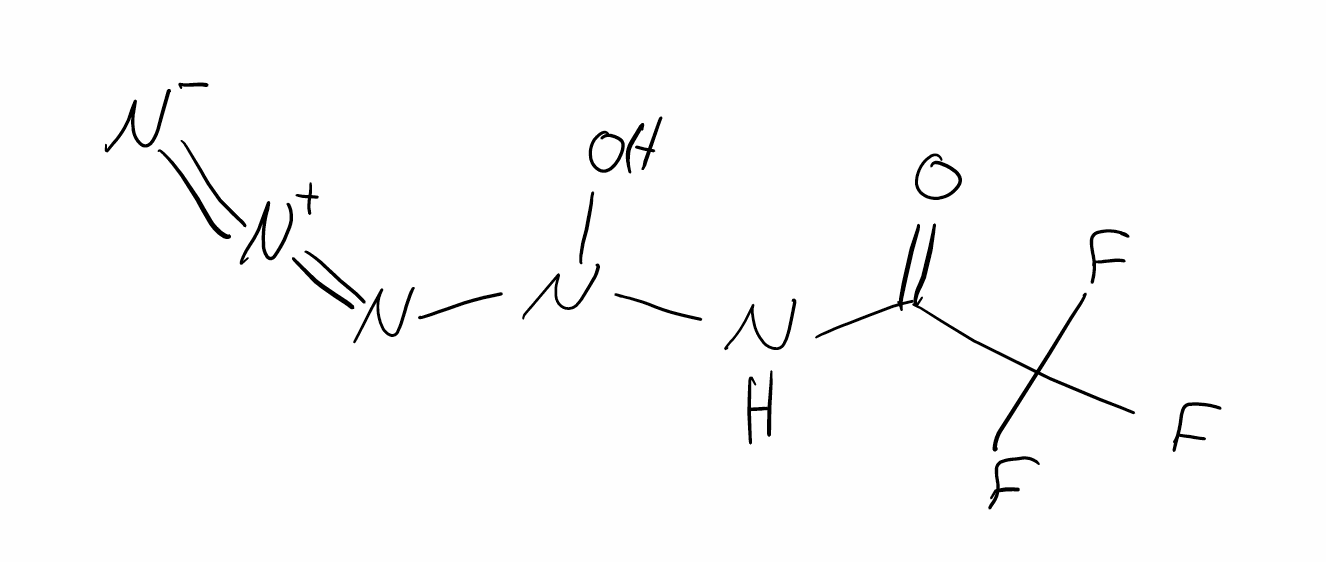
Simplified molecular-input line-entry system (SMILES) notation of the given molecule:
C(=O)(C(F)(F)F)NN(N=[N+]=[N-])O